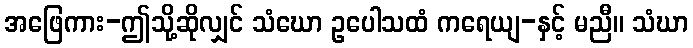
အဖြေကား-ဤသို့ဆိုလျှင် သံဃော ဥပေါသထံ ကရေယျ-နှင့် မညီ။ သံဃာ